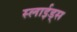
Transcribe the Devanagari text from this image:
स्लाईड्स